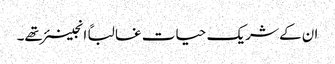
ان کے شریک حیات غالباً انجینئر تھے۔